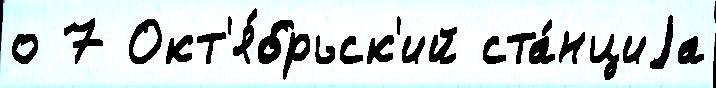
о 7 Окт'я́брьск'ий ста́нциjа